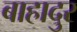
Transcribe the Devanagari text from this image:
बाहादुर